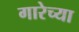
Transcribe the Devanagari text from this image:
गारेच्या